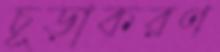
চূড়াকরণ